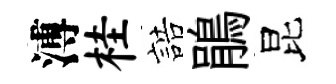
溥桂誥鵑昆